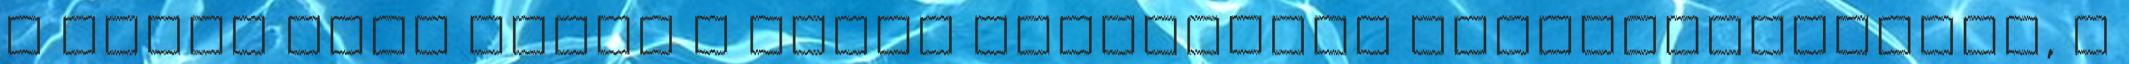
s részt vett velük a hidon folytatott szuronycsatában, a